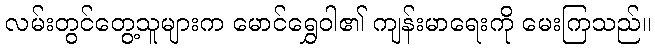
လမ်းတွင်တွေ့သူများက မောင်ရွှေဝါ၏ ကျန်းမာရေးကို မေးကြသည်။